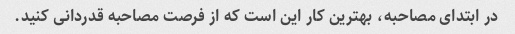
در ابتدای مصاحبه، بهترین کار این است که از فرصت مصاحبه قدردانی کنید.